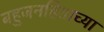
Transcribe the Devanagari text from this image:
बहुजनहिताच्या